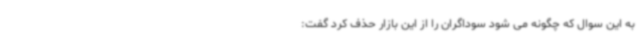
به این سوال که چگونه می شود سوداگران را از این بازار حذف کرد گفت: